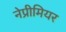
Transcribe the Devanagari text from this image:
नेप्रीमियर